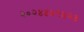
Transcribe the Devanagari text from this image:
२०२४४५९४२४